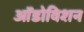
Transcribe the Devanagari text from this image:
ऑडोविशन